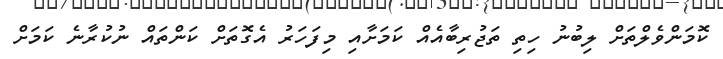
ކޮމަންވެލްތަށް ލިބުނު ހިތި ތަޖުރިބާއެއް ކަމަށާއި މިފަަހަރު އެގޮތަށް ކަންތައް ނުކުރާނެ ކަމަށް